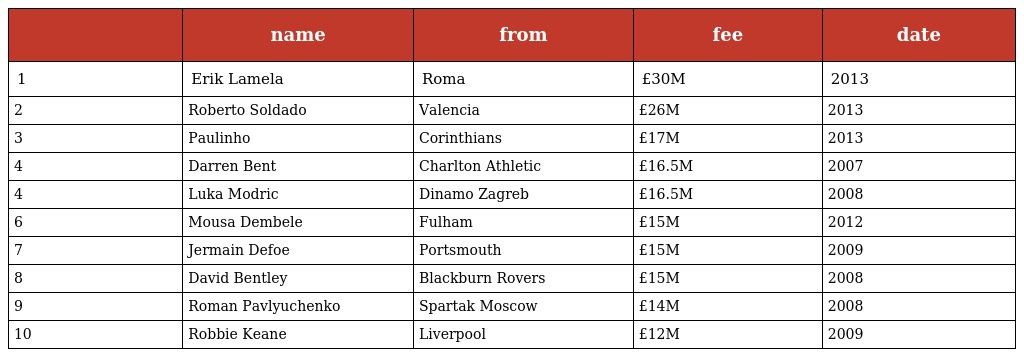
|  | name | from | fee | date |
 | --- | --- | --- | --- | --- |
 | 1 | Erik Lamela | Roma | £30M | 2013 |
 | 2 | Roberto Soldado | Valencia | £26M | 2013 |
 | 3 | Paulinho | Corinthians | £17M | 2013 |
 | 4 | Darren Bent | Charlton Athletic | £16.5M | 2007 |
 | 4 | Luka Modric | Dinamo Zagreb | £16.5M | 2008 |
 | 6 | Mousa Dembele | Fulham | £15M | 2012 |
 | 7 | Jermain Defoe | Portsmouth | £15M | 2009 |
 | 8 | David Bentley | Blackburn Rovers | £15M | 2008 |
 | 9 | Roman Pavlyuchenko | Spartak Moscow | £14M | 2008 |
 | 10 | Robbie Keane | Liverpool | £12M | 2009 |